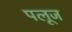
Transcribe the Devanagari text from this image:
पलूज